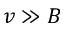
v \gg B